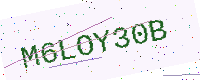
Text: M6LOY30B